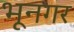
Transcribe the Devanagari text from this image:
भूनगर